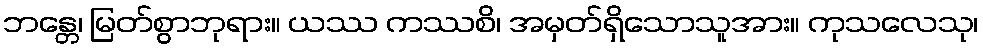
ဘန္တေ၊ မြတ်စွာဘုရား။ ယဿ ကဿစိ၊ အမှတ်ရှိသောသူအား။ ကုသလေသု၊